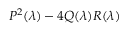
P ^ { 2 } ( \lambda ) - 4 Q ( \lambda ) R ( \lambda )